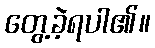
တွေ့ခဲ့ရပါ၏။